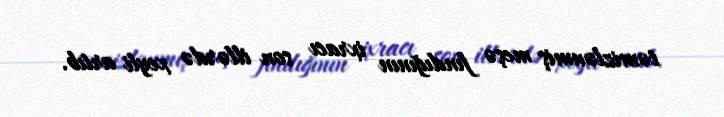
təmizlənmiş meşə fındığının ixracı son illərdə xeyli artıb.